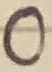
Text: 0